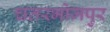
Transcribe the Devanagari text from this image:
चतरभोजपुर